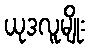
ယုဒလူမျိုး